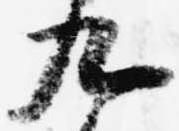
九